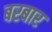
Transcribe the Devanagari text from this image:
बरबार